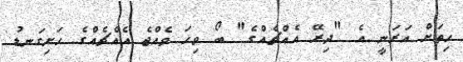
ހިތަށް އަރަނީ އެ "ދިރޭ އެއްޗެއްގެ" ބޯ ވިހަ ވެއްޖެ އެއްޗެއްގެ ހަށިގަނޑު